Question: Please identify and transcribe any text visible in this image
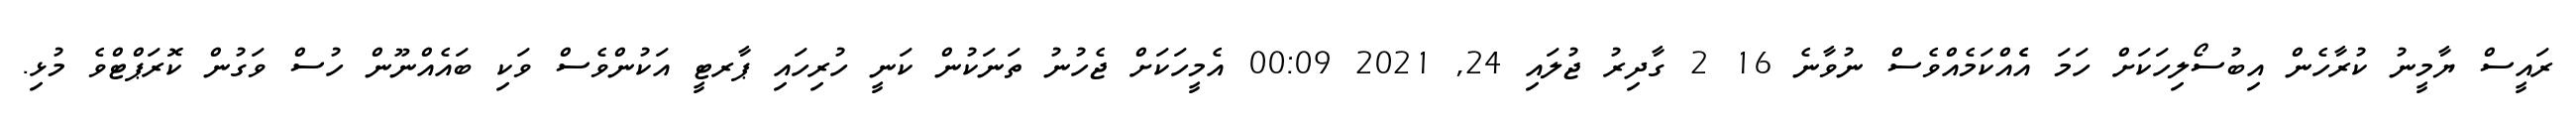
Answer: ރައީސް ޔާމީނު ކުރާހެން އިބުސޯލިހަކަށް ހަމަ އެެއްކަމެއްވެސް ނުވާނެ 16 2 ގާދިރު ޖުލައި 24, 2021 00:09 އެމީހަކަށް ޖެހުނު ތަނަކުން ކަނީ ހުރިހައި ޕާރޓީ އަކުންވެސް ވަކި ބައެއްނޫން ހުސް ވަގުން ކޮރަޕްޓްވެ މުޅި.